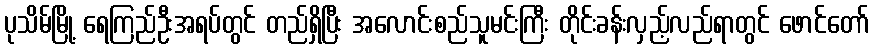
ပုသိမ်မြို့ ရေကြည်ဦးအရပ်တွင် တည်ရှိပြီး အလောင်းစည်သူမင်းကြီး တိုင်းခန်းလှည့်လည်ရာတွင် ဖောင်တော်